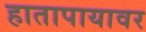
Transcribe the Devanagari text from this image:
हातापायावर